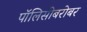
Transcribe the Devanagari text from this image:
पॉलिसीबरोबर